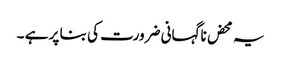
یہ محض ناگہانی ضرورت کی بنا پر ہے ۔